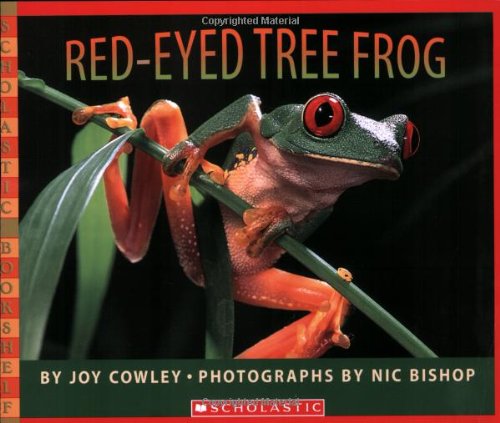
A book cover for Red-eyed Tree Frog (Scholastic Bookshelf); Joy Cowley; Children's Books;